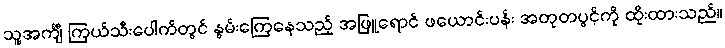
သူ့အင်္ကျီ ကြယ်သီးပေါက်တွင် နွမ်းကြေနေသည့် အဖြူရောင် ဖယောင်းပန်း အတုတပွင့်ကို ထိုးထားသည်။